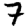
Digit: 7